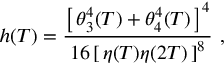
h ( T ) = \frac { \left[ \, \theta _ { 3 } ^ { 4 } ( T ) + \theta _ { 4 } ^ { 4 } ( T ) \, \right] ^ { 4 } } { 1 6 \left[ \, \eta ( T ) \eta ( 2 T ) \, \right] ^ { 8 } } \ ,